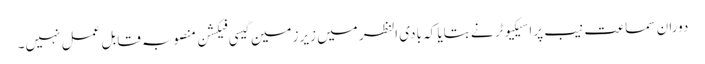
دوران سماعت نیب پراسیکیوٹر نے بتایا کہ بادی النظر میں زیرزمین گیسی فیکشن منصوبہ قابل عمل نہیں۔